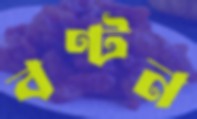
বণ্টন